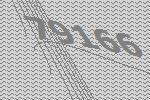
79166